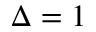
\Delta = 1